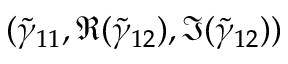
( \tilde { \gamma } _ { 1 1 } , \Re ( \tilde { \gamma } _ { 1 2 } ) , \Im ( \tilde { \gamma } _ { 1 2 } ) )